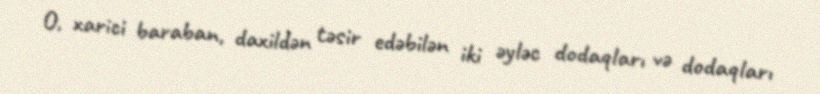
O, xarici baraban, daxildən təsir edəbilən iki əyləc dodaqları və dodaqları